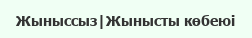
Жыныссыз|Жынысты көбеюі